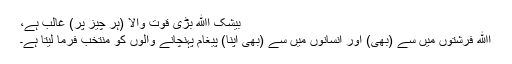
بیشک اﷲ بڑی قوت والا (ہر چیز پر) غالب ہے،
اﷲ فرشتوں میں سے (بھی) اور انسانوں میں سے (بھی اپنا) پیغام پہنچانے والوں کو منتخب فرما لیتا ہے۔